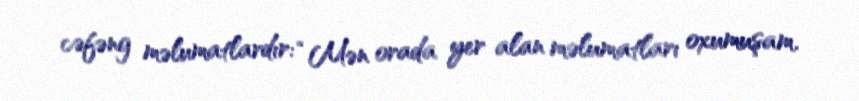
cəfəng məlumatlardır: “Mən orada yer alan məlumatları oxumuşam.